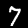
Digit: 7